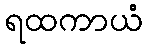
ရထကာယံ